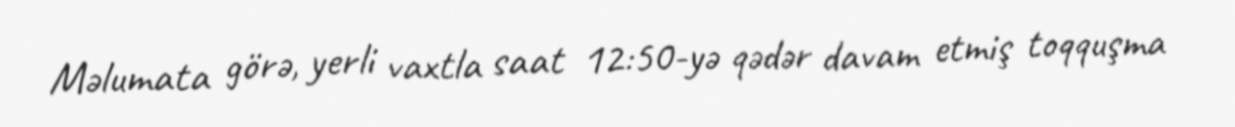
Məlumata görə, yerli vaxtla saat 12:50-yə qədər davam etmiş toqquşma